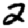
Digit: 2